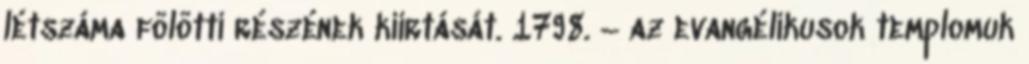
létszáma fölötti részének kiirtását. 1798. – az evangélikusok templomuk